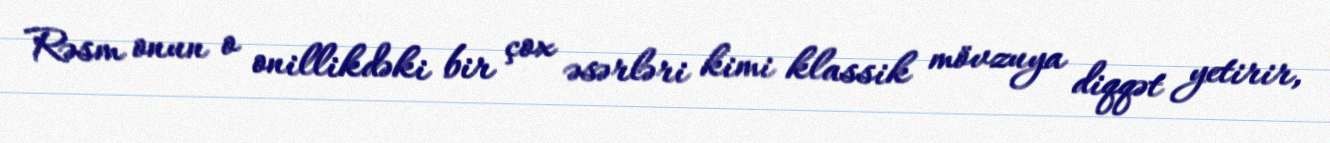
Rəsm onun o onillikdəki bir çox əsərləri kimi klassik mövzuya diqqət yetirir,